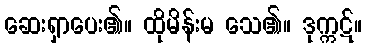
ဆေးရှာပေး၏။ ထိုမိန်းမ သေ၏။ ဒုက္ကဋ်။